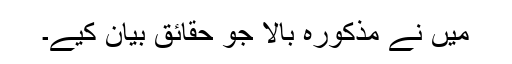
میں نے مذکورہ بالا جو حقائق بیان کیے۔